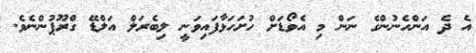
އެ ދެ އަންހެނުންގެ ނަން މި އެވޯޑަށް ހުށަހަޅާފައިވަނީ ލިބެރަލް އަލްޑޭ ގްރޫޕުންނެވެ.